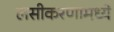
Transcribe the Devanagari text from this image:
लसीकरणामध्ये